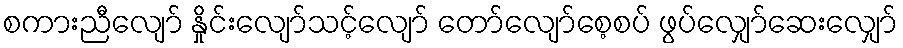
စကားညီလျော် နှိုင်းလျော်သင့်လျော် တော်လျော်စေ့စပ် ဖွပ်လျှော်ဆေးလျှော်